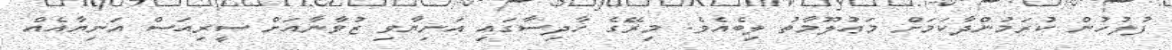
ފުލުހުން ކުރަމުންދާކަމަށް މަޢުލޫމާތު ލިބެއެވެ. މިރޭގެ ހާދިސާގައި އަނިޔާވި ޒުވާނާއަށް ސީރިއަސް އަނިޔާއެއް